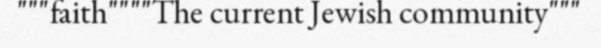
"""faith""""The current Jewish community"""